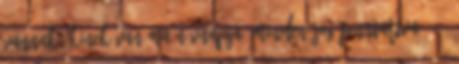
vannak. Kinek van ma névnapja? Minden jog fenntartva 2010